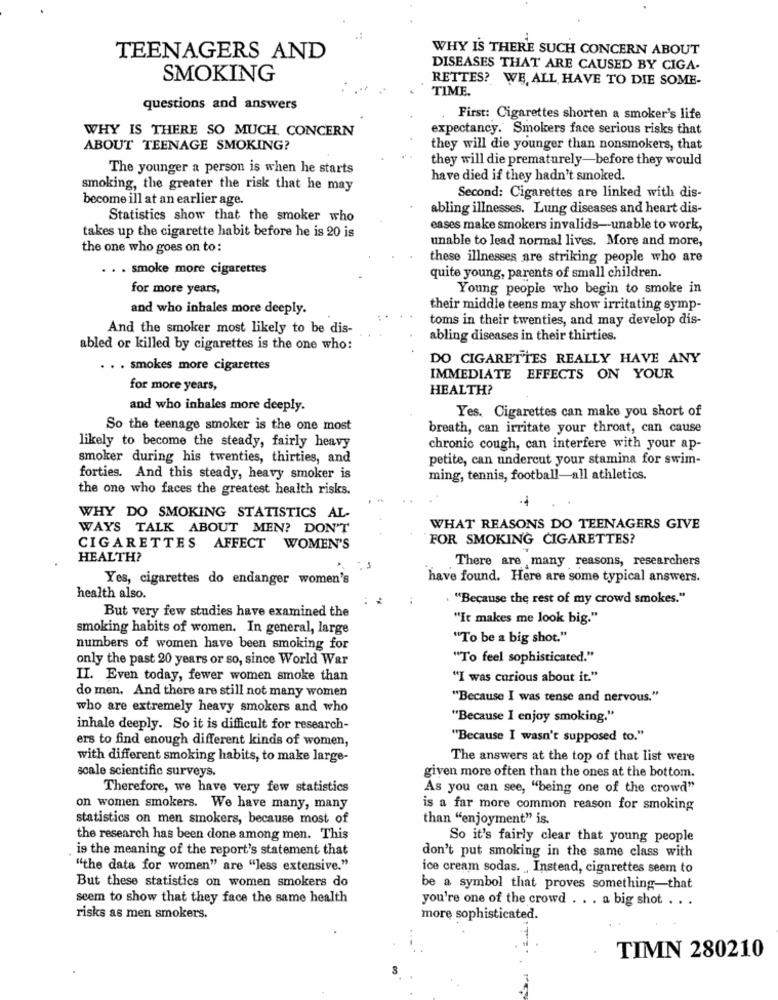
WHY IS THERE SUCH CONCERN ABOUT
TEENAGERS AND
DISEASES THAT ARE CAUSED BY CIGA-
SMOKING
RETTES? WE ALL HAVE TO DIE SOME-
TIME.
questions and answers
First: Cigarettes shorten a smoker's life
WHY IS THERE SO MUCH. CONCERN
expectancy. Smokers face serious risks that
ABOUT TEENAGE SMOKING?
they will die younger than nonsmokers, that
they will die prematurely-before they would
The younger a person is when he starts
have died if they hadn't smoked.
smoking, the greater the risk that he may
become ill at an earlier age.
Second: Cigarettes are linked with dis-
abling illnesses. Lung diseases and heart dis-
Statistics show that the smoker who
eases make smokers invalids-unable to work,
takes up the cigarette habit before he is 20 is
unable to lead normal lives. More and more,
the one who goes on to:
these illnesses are striking people who are
. . smoke more cigarettes
quite young, parents of small children.
for more years,
Young people who begin to smoke in
and who inhales more deeply.
their middle teens may show irritating symp-
toms in their twenties, and may develop dis-
And the smoker most likely to be dis-
abling diseases in their thirties.
abled or killed by cigarettes is the one who:
DO CIGARETTES REALLY HAVE ANY
. . . smokes more cigarettes
IMMEDIATE EFFECTS ON YOUR
for more years,
HEALTH?
and who inhales more deeply.
Yes. Cigarettes can make you short of
So the teenage smoker is the one most
breath, can irritate your throat, can cause
likely to become the steady, fairly heavy
chronic cough, can interfere with your ap-
smoker during his twenties, thirties, and
petite, can undercut your stamina for swim-
forties. And this steady, heavy smoker is
ming, tennis, football-all athletics.
the one who faces the greatest health risks.
WHY DO SMOKING STATISTICS AL-
WAYS TALK ABOUT MEN? DON'T
WHAT REASONS DO TEENAGERS GIVE
FOR SMOKING CIGARETTES?
CIGARETTES AFFECT WOMEN'S
HEALTH?
There are many reasons, researchers
Yes, cigarettes do endanger women's
have found. Here are some typical answers.
health also.
"Because the rest of my crowd smokes."
But very few studies have examined the
"It makes me look big."
smoking habits of women. In general, large
"To be a big shot."
numbers of women have been smoking for
only the past 20 years or so, since World War
"To feel sophisticated."
II. Even today, fewer women smoke than
"I was curious about it."
do men. And there are still not many women
"Because I was tense and nervous."
who are extremely heavy smokers and who
"Because I enjoy smoking."
inhale deeply. So it is difficult for research-
ers to find enough different kinds of women,
"Because I wasn't supposed to."
with different smoking habits, to make large-
The answers at the top of that list were
scale scientific surveys.
given more often than the ones at the bottom.
Therefore, we have very few statistics
As you can see, "being one of the crowd"
on women smokers. We have many, many
is a far more common reason for smoking
statistics on men smokers, because most of
than "enjoyment" is.
the research has been done among men. This
So it's fairly clear that young people
is the meaning of the report's statement that
don't put smoking in the same class with
"the data for women" are "less extensive."
ice cream sodas. Instead, cigarettes seem to
But these statistics on women smokers do
be a symbol that proves something-that
seem to show that they face the same health
you're one of the crowd . . . a big shot ...
risks as men smokers.
more sophisticated.
TIMN 280210